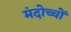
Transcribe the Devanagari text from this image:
मंदोच्चों